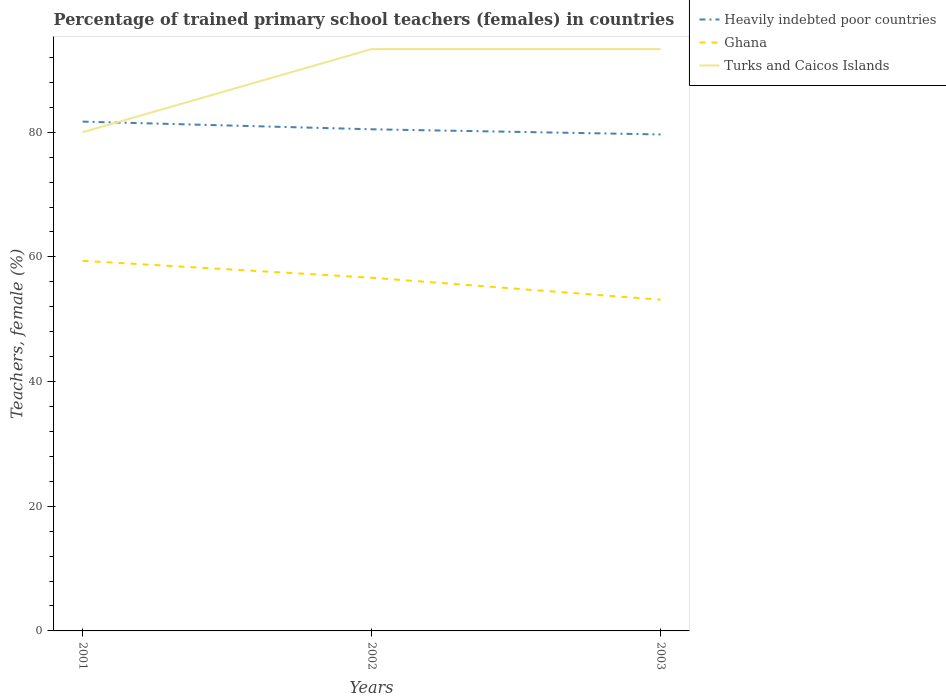
| Years | Heavily indebted poor countries | Ghana | Turks and Caicos Islands |
 | --- | --- | --- | --- |
 | 2001 | 81.7 | 59.4 | 80 |
 | 2002 | 80.5 | 56.7 | 93.3 |
 | 2003 | 79.6 | 53.1 | 93.3 |